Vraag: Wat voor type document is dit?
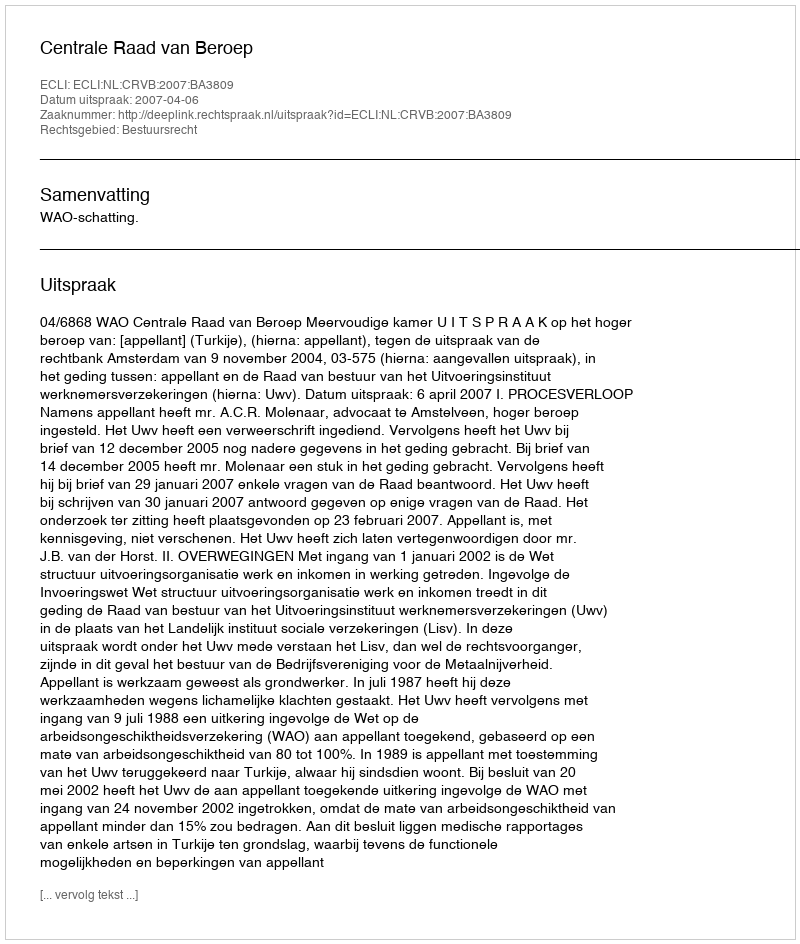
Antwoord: Uitspraak